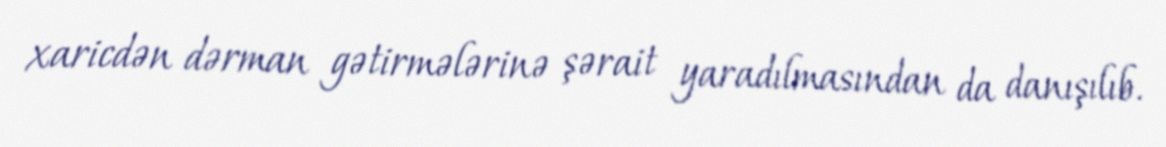
xaricdən dərman gətirmələrinə şərait yaradılmasından da danışılıb.